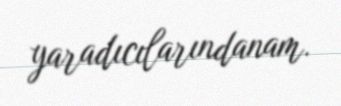
yaradıcılarındanam.